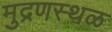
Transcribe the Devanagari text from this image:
मुद्रणस्थळ